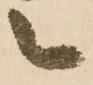
々